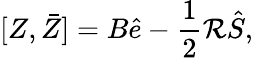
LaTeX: [Z,\bar{Z}]=B\hat{e}-\frac{1}{2}\mathcal R\hat{S},